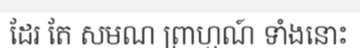
ដែរ តែ សមណ ព្រាហ្មណ៍ ទាំងនោះ